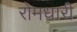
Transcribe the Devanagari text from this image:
रोमधारी